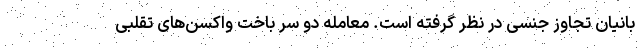
بانیان تجاوز جنسی در نظر گرفته است. معامله دو سر باخت واکسن‌های تقلبی